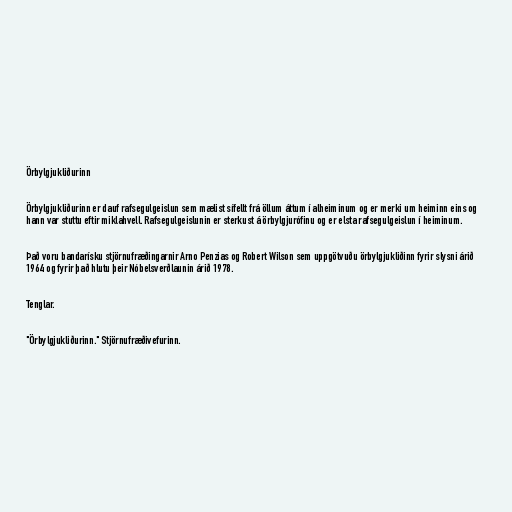
Örbylgjukliðurinn

Örbylgjukliðurinn er dauf rafsegulgeislun sem mælist sífellt frá öllum áttum í alheiminum og er merki um heiminn eins og
hann var stuttu eftir miklahvell. Rafsegulgeislunin er sterkust á örbylgjurófinu og er elsta rafsegulgeislun í heiminum.

Það voru bandarísku stjörnufræðingarnir Arno Penzias og Robert Wilson sem uppgötvuðu örbylgjukliðinn fyrir slysni árið
1964 og fyrir það hlutu þeir Nóbelsverðlaunin árið 1978.

Tenglar.

"Örbylgjukliðurinn." Stjörnufræðivefurinn.